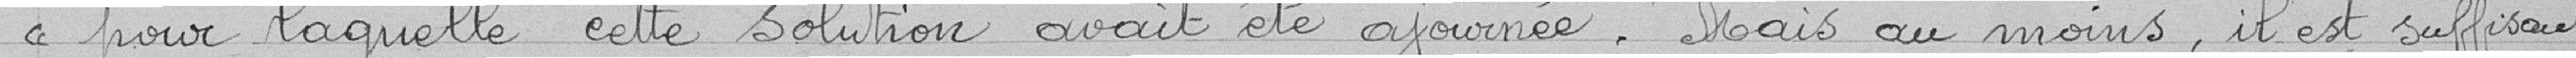
" pour laquelle cette solution avait été ajournée. Mais au moins, il est suffisant